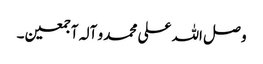
و صل اللہ علی محمد و آلہ آجمعین۔